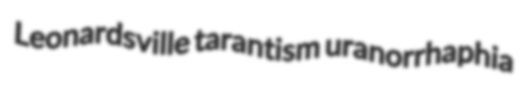
Leonardsville tarantism uranorrhaphia